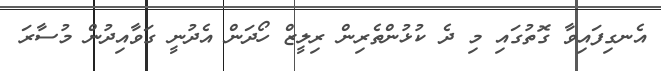
އެނގިފައިވާ ގޮތުގައި މި ދެ ކުޅުންތެރިން ރިލީޒް ހޯދަން އެދުނީ ގަވާއިދުން މުސާރަ